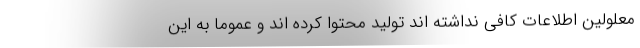
معلولین اطلاعات کافی نداشته اند تولید محتوا کرده اند و عموما به این